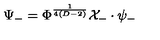
\Psi _ { - } = \Phi ^ { \frac { 1 } { 4 ( D - 2 ) } } { \cal X } _ { - } \cdot \psi _ { - }